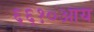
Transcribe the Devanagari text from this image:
६६१०आय